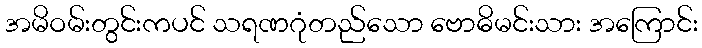
အမိဝမ်းတွင်းကပင် သရဏဂုံတည်သော ဗောဓိမင်းသား အကြောင်း